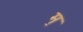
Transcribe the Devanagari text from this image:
म॒